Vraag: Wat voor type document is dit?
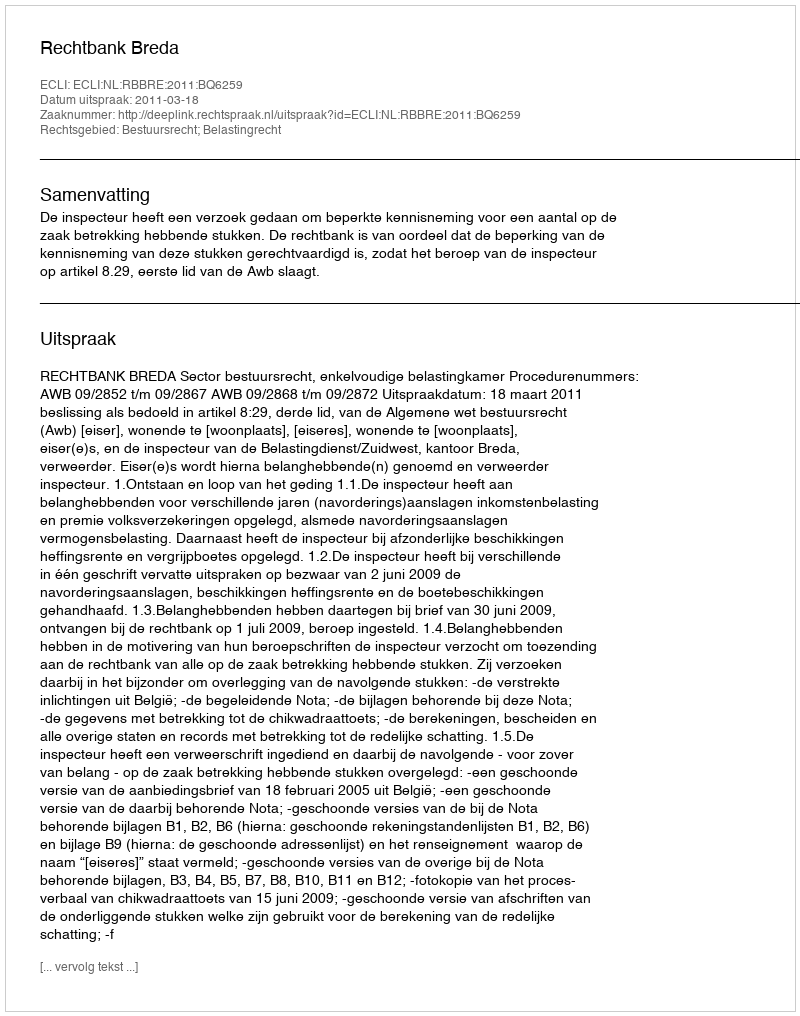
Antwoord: Uitspraak